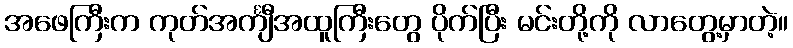
အဖေကြီးက ကုတ်အင်္ကျီအထူကြီးတွေ ပိုက်ပြီး မင်းတို့ကို လာတွေ့မှာတဲ့။